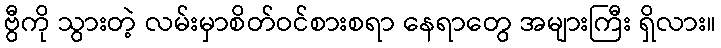
ဗွီကို သွားတဲ့ လမ်းမှာစိတ်ဝင်စားစရာ နေရာတွေ အများကြီး ရှိလား။